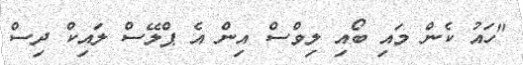
"ހައު ކެން މައި ބޯއި ލިވްސް އިން އެ ޕްލޭސް ލައިކް ދިސް